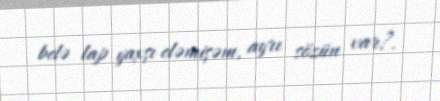
belə lap yaxşı eləmişəm, ayrı sözün var?.